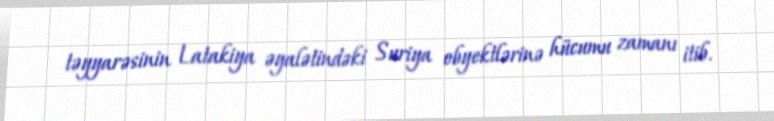
təyyarəsinin Latakiya əyalətindəki Suriya obyektlərinə hücumu zamanı itib.